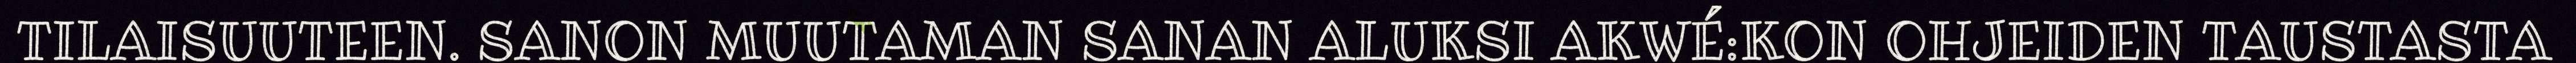
TILAISUUTEEN. SANON MUUTAMAN SANAN ALUKSI AKWÉ:KON OHJEIDEN TAUSTASTA